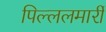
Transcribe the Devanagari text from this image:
पिल्‍ललमार्री